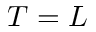
T = L